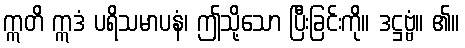
ဣတိ ဣဒံ ပရိသမာပနံ၊ ဤသို့သော ပြီးခြင်းကို။ ဒဋ္ဌဗ္ဗံ။ ၏။